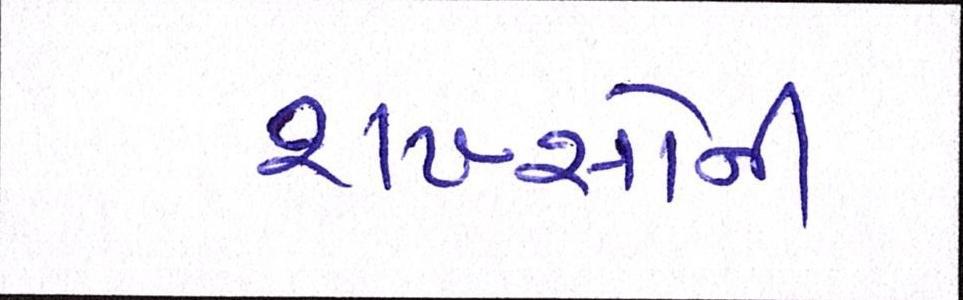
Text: શખ્સોની